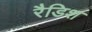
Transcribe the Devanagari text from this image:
रैडिश